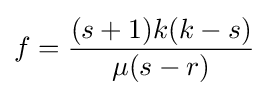
f={\frac {(s+1)k(k-s)}{\mu (s-r)}}